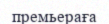
премьераға